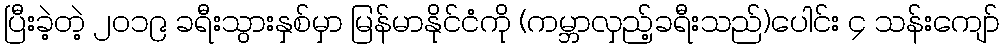
ပြီးခဲ့တဲ့ ၂၀၁၉ ခရီးသွားနှစ်မှာ မြန်မာနိုင်ငံကို (ကမ္ဘာလှည့်ခရီးသည်)ပေါင်း ၄ သန်းကျော်